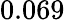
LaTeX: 0.069